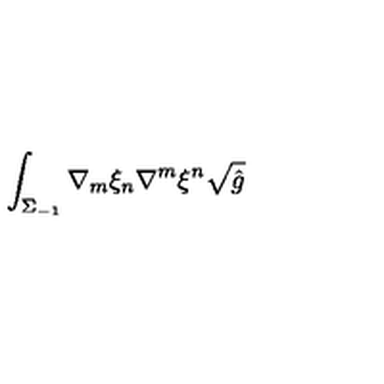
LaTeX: \int _ { \Sigma _ { - 1 } } \nabla _ { m } \xi _ { n } \nabla ^ { m } \xi ^ { n } \sqrt { \hat { g } }